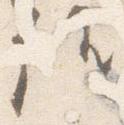
候